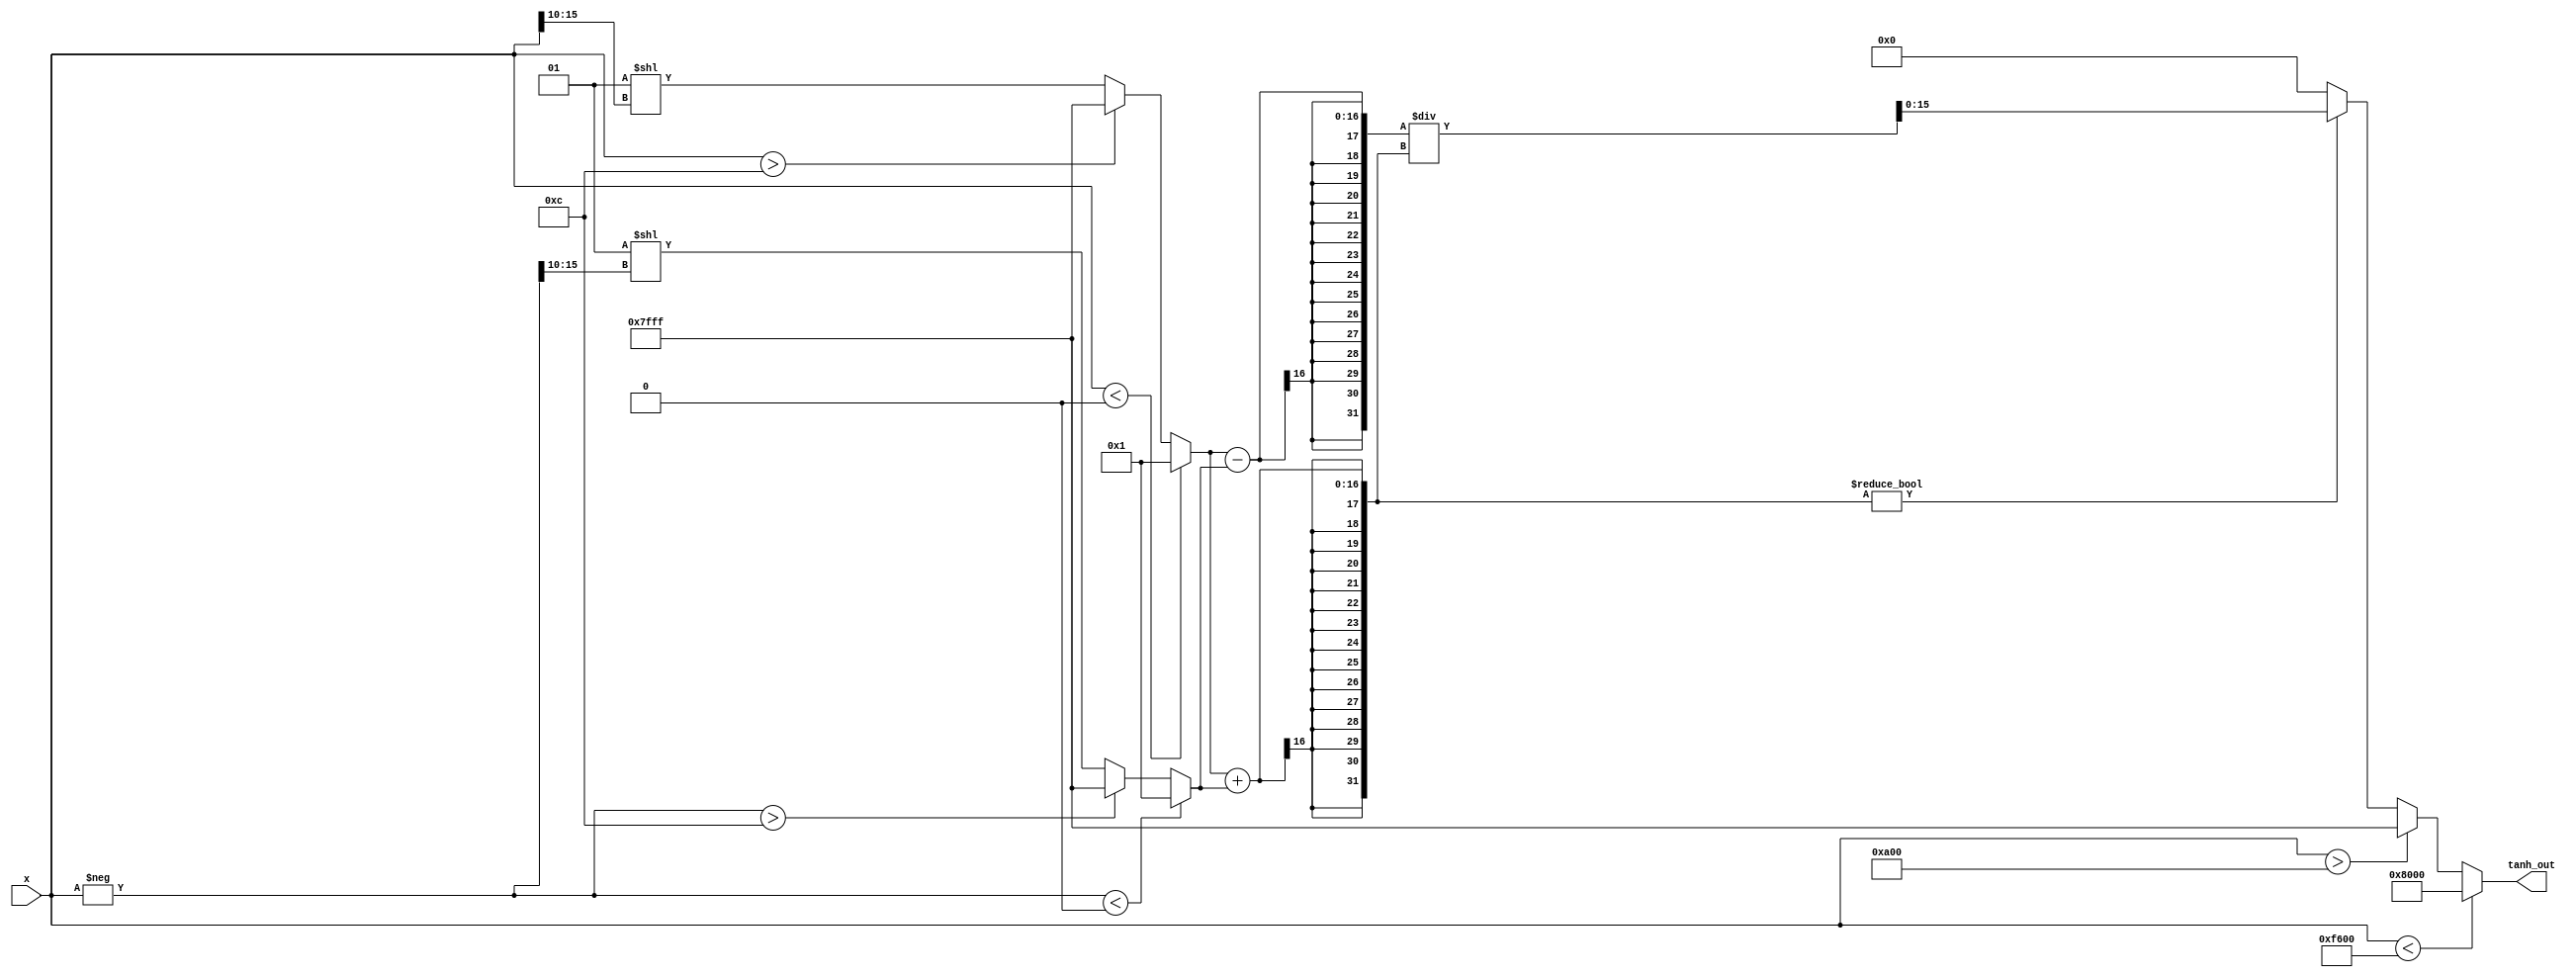
module tanh_block (
    input wire signed [15:0] x,      // Input in Q1.15 format
    output reg signed [15:0] tanh_out // Output in Q1.15 format
);

    // Define parameters for saturation limits
    parameter signed [15:0] Tanh_Limit_Pos = 16'h7FFF; // +1 in Q1.15
    parameter signed [15:0] Tanh_Limit_Neg = 16'h8000; // -1 in Q1.15

    // Intermediate variables
    reg signed [15:0] exp_x;
    reg signed [15:0] exp_neg_x;
    reg signed [31:0] numerator;
    reg signed [31:0] denominator;

    // Function to calculate exponential (stub for demonstration)
    function signed [15:0] exp_func;
        input signed [15:0] val;
        begin
            // Simple approximation - replace with actual exp calculation
            if (val < 0)
                exp_func = 16'h0001; // e^(-x) approximately zero
            else if (val > 16'h000C) // Arbitrary threshold, replace with valid range
                exp_func = 16'h7FFF; // e^x approximately infinity
            else
                exp_func = (1 << val[15:10]); // Simple shift approximation 
        end
    endfunction

    always @(*) begin
        // Range check and saturation logic
        if (x < -16'h0A00) begin
            tanh_out = Tanh_Limit_Neg; // Clamp to -1
        end else if (x > 16'h0A00) begin
            tanh_out = Tanh_Limit_Pos; // Clamp to +1
        end else begin
            // Calculate e^x and e^(-x)
            exp_x = exp_func(x);
            exp_neg_x = exp_func(-x);

            // Compute numerator and denominator of tanh formula
            numerator = exp_x - exp_neg_x; // e^x - e^(-x)
            denominator = exp_x + exp_neg_x; // e^x + e^(-x)

            // Calculating the output
            if (denominator != 0) begin
                tanh_out = numerator / denominator; // Fixed-point division
            end else begin
                tanh_out = 0; // Handle division by zero gracefully
            end
        end
    end

endmodule